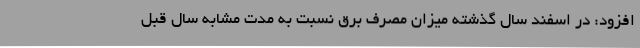
افزود: در اسفند سال گذشته میزان مصرف برق نسبت به مدت مشابه سال قبل